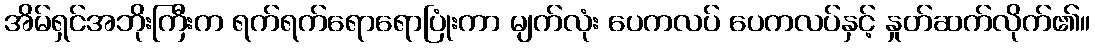
အိမ်ရှင်အဘိုးကြီးက ရက်ရက်ရောရောပြုံးကာ မျက်လုံး ပေကလပ် ပေကလပ်နှင့် နှုတ်ဆက်လိုက်၏။